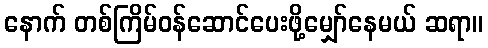
နောက် တစ်ကြိမ်ဝန်ဆောင်ပေးဖို့မျှော်နေမယ် ဆရာ။